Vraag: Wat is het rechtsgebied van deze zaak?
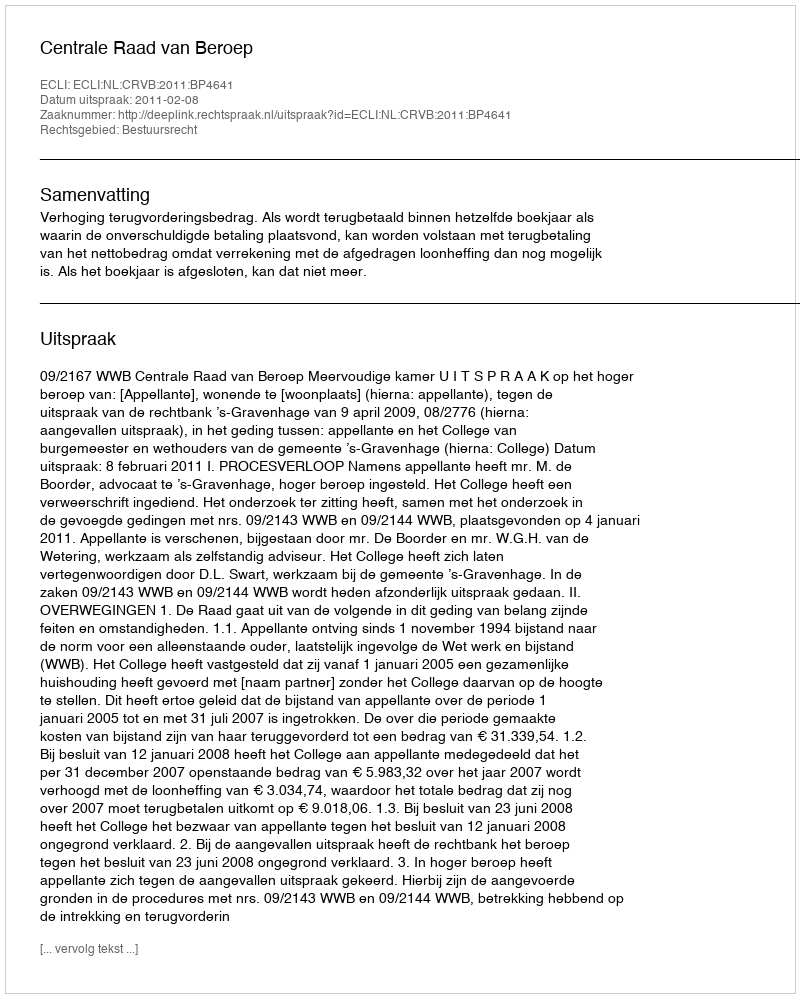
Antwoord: Bestuursrecht